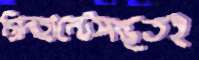
গ্রিনহান্টেসম্ভূতহ